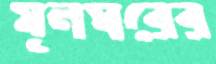
মূলঘরের